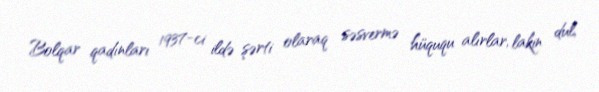
Bolqar qadınları 1937-ci ildə şərti olaraq səsvermə hüququ alırlar, lakin dul,